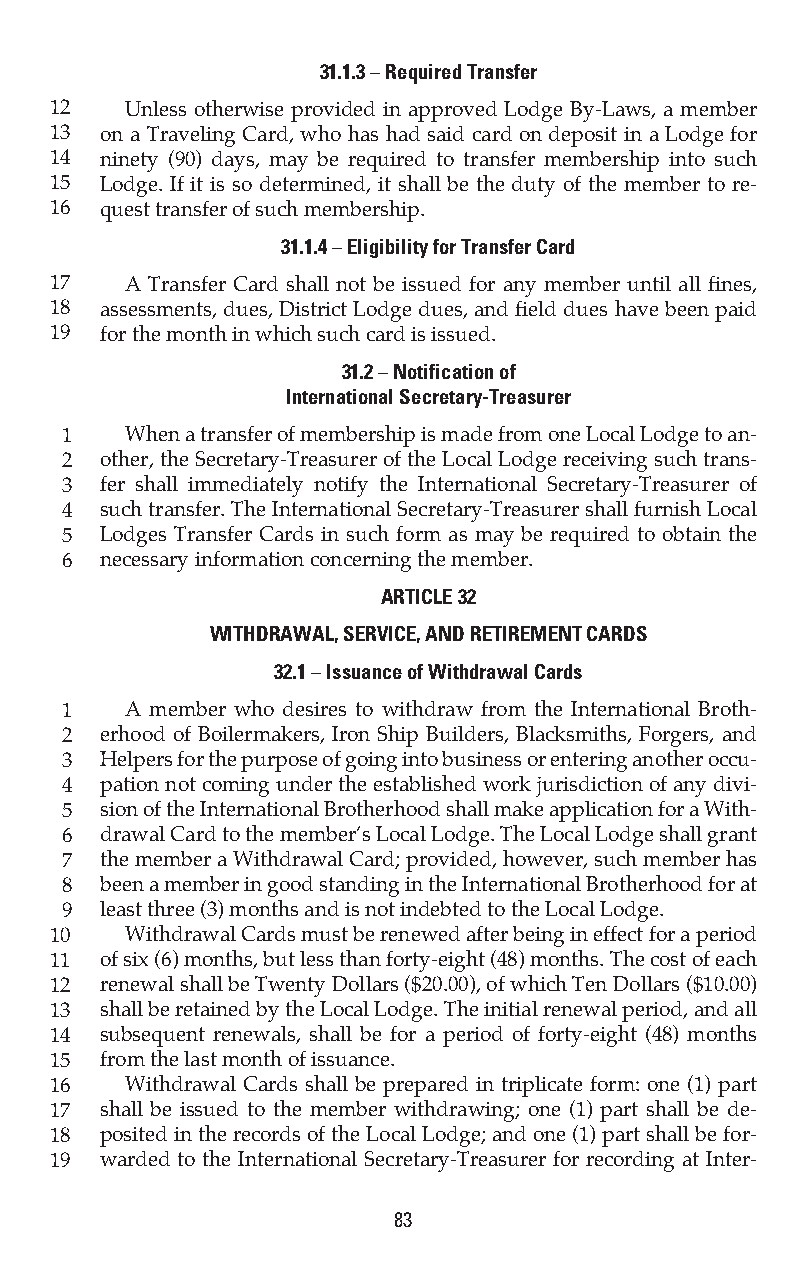
31.1.3 – Required Transfer
 12   Unless otherwise provided in approved Lodge By-Laws, a member
 13  on a Traveling Card, who has had said card on deposit in a Lodge for
 14  ninety (90) days, may be required to transfer membership into such
 15  Lodge. If it is so determined, it shall be the duty of the member to re-
 16  quest transfer of such membership.
 31.1.4 – Eligibility for Transfer Card
 17   A Transfer Card shall not be issued for any member until all fines,
 18  assessments, dues, District Lodge dues, and field dues have been paid
 19  for the month in which such card is issued.
 31.2 – Notification of
 International Secretary-Treasurer
 1   When a transfer of membership is made from one Local Lodge to an-
 2  other, the Secretary-Treasurer of the Local Lodge receiving such trans-
 3  fer shall immediately notify the International Secretary-Treasurer of
 4  such transfer. The International Secretary-Treasurer shall furnish Local
 5  Lodges Transfer Cards in such form as may be required to obtain the
 6  necessary information concerning the member.
 ARTICLE 32
 WITHDRAWAL, SERVICE, AND RETIREMENT CARDS
 32.1 – Issuance of Withdrawal Cards
 1   A member who desires to withdraw from the International Broth-
 2  erhood of Boilermakers, Iron Ship Builders, Blacksmiths, Forgers, and
 3  Helpers for the purpose of going into business or entering another occu-
 4  pation not coming under the established work jurisdiction of any divi-
 5  sion of the International Brotherhood shall make application for a With-
 6  drawal Card to the member’s Local Lodge. The Local Lodge shall grant
 7  the member a Withdrawal Card; provided, however, such member has
 8  been a member in good standing in the International Brotherhood for at
 9  least three (3) months and is not indebted to the Local Lodge.
 10   Withdrawal Cards must be renewed after being in effect for a period
 11  of six (6) months, but less than forty-eight (48) months. The cost of each
 12  renewal shall be Twenty Dollars ($20.00), of which Ten Dollars ($10.00)
 13  shall be retained by the Local Lodge. The initial renewal period, and all
 14  subsequent renewals, shall be for a period of forty-eight (48) months
 15  from the last month of issuance.
 16   Withdrawal Cards shall be prepared in triplicate form: one (1) part
 17  shall be issued to the member withdrawing; one (1) part shall be de-
 18  posited in the records of the Local Lodge; and one (1) part shall be for-
 19  warded to the International Secretary-Treasurer for recording at Inter-
 83